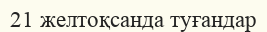
21 желтоқсанда туғандар